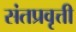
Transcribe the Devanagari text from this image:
संतप्रवृत्ती